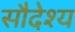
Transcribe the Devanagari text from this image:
सौदेश्य